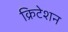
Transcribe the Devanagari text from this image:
क्रिटेशन